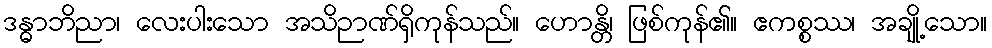
ဒန္ဓာဘိညာ၊ လေးပါးသော အသိဉာဏ်ရှိကုန်သည်။ ဟောန္တိ၊ ဖြစ်ကုန်၏။ ဧကစ္စဿ၊ အချို့သော။